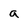
Character: a